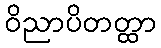
ဝိညာပိတတ္ထာ